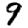
Digit: 9